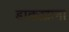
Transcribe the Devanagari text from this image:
डाकख़ाना